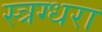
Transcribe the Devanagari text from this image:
स्त्रग्धरा